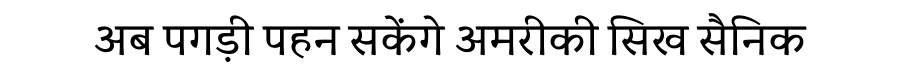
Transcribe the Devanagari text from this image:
अब पगड़ी पहन सकेंगे अमरीकी सिख सैनिक